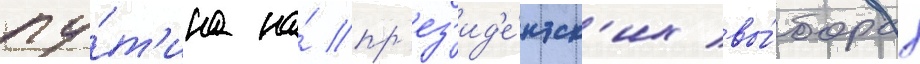
пу́т'ина на́ пр'ез'ид'е́нтск'их вы́борах